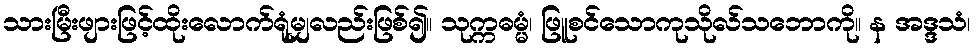
သားမြီးဖျားဖြင့်ထိုးလောက်ရုံမျှလည်းဖြစ်၍။ သုက္ကဓမ္မံ၊ ဖြူစင်သောကုသိုလ်သဘောကို။ န အဒ္ဒသံ၊